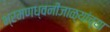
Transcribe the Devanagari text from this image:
भ्रमणध्वनीजाळ्यांच्या